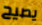
يصيح